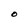
Character: O